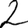
Digit: 2